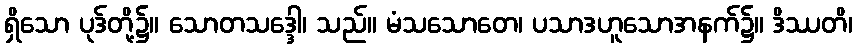
ရှိသော ပုဒ်တို့၌။ သောတသဒ္ဒေါ၊ သည်။ မံသသောတေ၊ ပသာဒဟူသောအနက်၌။ ဒိဿတိ၊